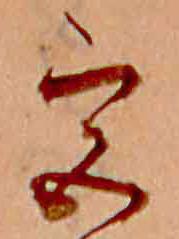
宮